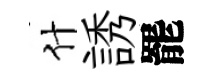
什誘罷